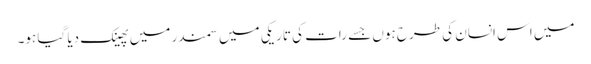
میں اس انسان کی طرح ہوں جسے رات کی تاریکی میں سمندر میں پھینک دیا گیا ہو۔